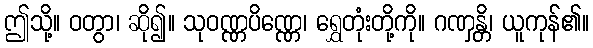
ဤသို့။ ဝတွာ၊ ဆို၍။ သုဝဏ္ဏပိဏ္ဏေ၊ ရွှေတုံးတို့ကို။ ဂဏှန္တိ၊ ယူကုန်၏။